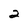
Character: 2